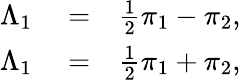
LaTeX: \begin{array}{rlr}{\Lambda_{1}}&{{}=}&{\frac{1}{2}\pi_{1}-\pi_{2},}\\ {\Lambda_{1}}&{{}=}&{\frac{1}{2}\pi_{1}+\pi_{2},}\end{array}